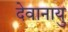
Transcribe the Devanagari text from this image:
देवानायु